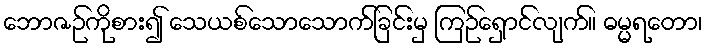
ဘောဇဉ်ကိုစား၍ သေယစ်သောသောက်ခြင်းမှ ကြဉ်ရှောင်လျက်။ ဓမ္မရတော၊